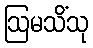
ဩမသိံသု